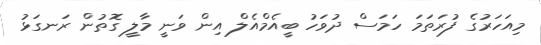
މިއަހަރުގެ ފުރަތަމަ ހަމަސް ދުވަހު ބީއެމްއެލް އިން ވަނީ މާލީ ގޮތުން ރަނގަޅު